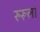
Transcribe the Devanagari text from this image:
रुरूला